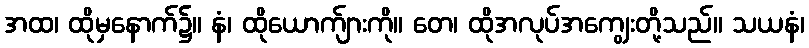
အထ၊ ထိုမှနောက်၌။ နံ၊ ထိုယောက်ျားကို။ တေ၊ ထိုအလုပ်အကျွေးတို့သည်။ သယနံ၊